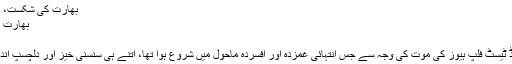
بھارت کی شکست، کوہلی کی جیت | کرک نامہ
بھارت کی شکست، کوہلی کی جیت
14 دسمبر 2014ء
آسٹریلیا اور بھارت کا ایڈیلیڈ ٹیسٹ فلپ ہیوز کی موت کی وجہ سے جس انتہائی غمزدہ اور افسردہ ماحول میں شروع ہوا تھا، اتنے ہی سنسنی خیز اور دلچسپ انداز میں اپنے اختتام کو پہنچا۔